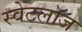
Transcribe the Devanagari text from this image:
स्वेटलॉज